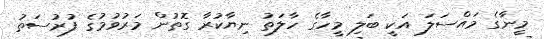
މީނާގެ މައްސަލަ އަކީ ބަލި މީހާގެ ހާލަތު ނިޔާކުރާ ގޮތުން މަރުވުމުގެ ފުރުސަތު